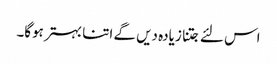
اس لئے جتنا زیادہ دیں گے اتنا بہتر ہوگا۔